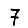
Digit: 7